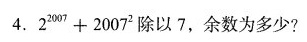
4.2^2007+2007^2除以7，余数为多少？